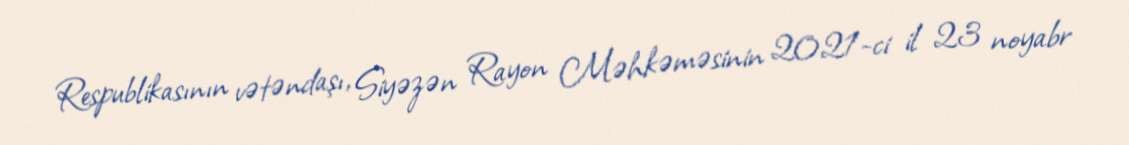
Respublikasının vətəndaşı, Siyəzən Rayon Məhkəməsinin 2021-ci il 23 noyabr